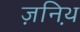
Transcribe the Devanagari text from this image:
ज़निथ़